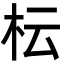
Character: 枟